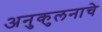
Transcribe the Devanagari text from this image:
अनुकुलनाचे